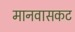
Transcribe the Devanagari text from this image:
मानवासकट